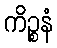
ကိဉ္စနံ